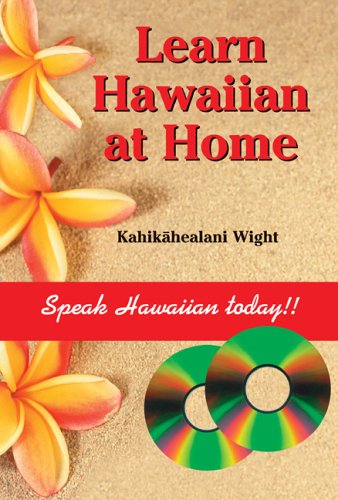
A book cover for Learn Hawaiian at Home; Kahikahealani Wight; Reference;